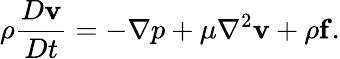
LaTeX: \rho{\frac{D\mathbf{v}}{Dt}}=-\nabla p+\mu\nabla^{2}\mathbf{v}+\rho\mathbf{f}.